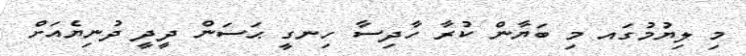
މި ލިޔުމުގައ މި ބަޔާން ކުރާ ހާދިސާ ހިނގީ ޙަސަން ދީދީ ދުނިޔެއަށް